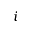
i